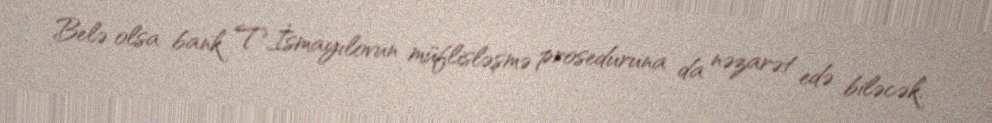
Belə olsa bank T.İsmayılovun müflisləşmə proseduruna da nəzarət edə biləcək.